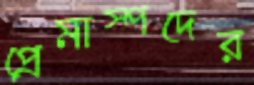
প্রেমাস্পদের